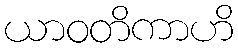
ယာဝတိကာဟိ